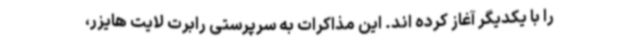
را با یکدیگر آغاز کرده اند. این مذاکرات به سرپرستی رابرت لایت هایزر،